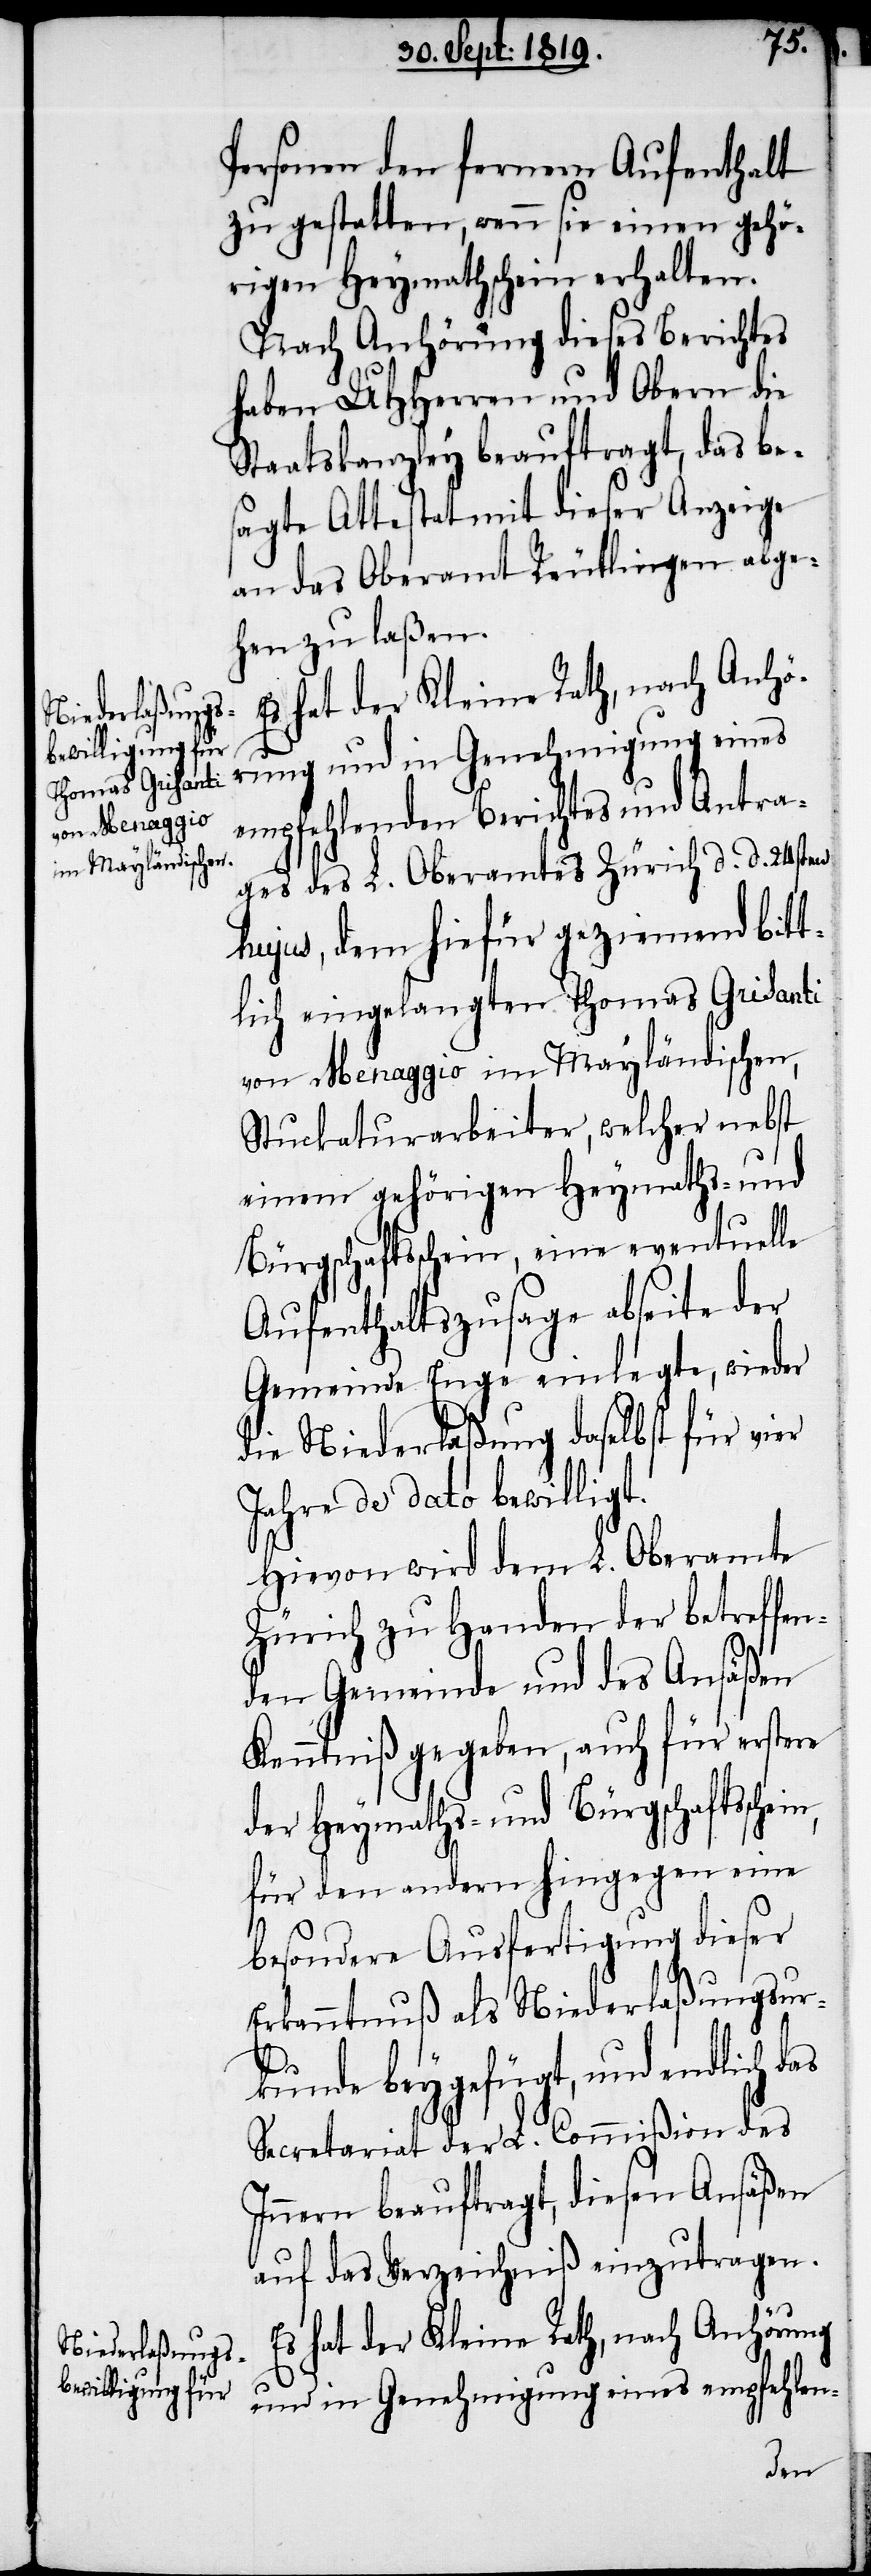
von Menaggio
im Mayländischen,

Personen den fernern Aufenthalt
zu gestatten, wenn sie einen gehö¬
rigen Heymathschein erhalten.
Nach Anhörung dieses Berichtes
haben UHHerren und Obern die
Staatskanzley beauftragt, das bes¬
agte Attestat mit dieser Anzeige
an das Oberamt Reutlingen abge¬
hen zu laßen.
Es hat der Kleine Rath, nach Anhö¬
rung und in Genehmigung eines
empfehlenden Berichtes und Antra¬
ges des L. Oberamtes Zürich d. d. 24sten
hujus, dem hiefür geziemden bitt¬
lich eingelangten Thomas Grisanti
Stuckaturarbeiter, welcher nebst
einem gehörigen Heymaths- und
Bürgschaftsschein, eine eventuelle
Aufenthaltszusage abseite der
Gemeinde Enge einlegte, wieder
die Niederlaßung daselbst für vier
Jahre de dato bewilligt.
Hievon wird dem L. Oberamte
Zürich zu Handen der betreffe¬
nden Gemeinde und des Ansäßen
Kenntniß gegeben, auch für erstere
der Heymaths- und Bürgschaftssche¬
für den andern hingegen eine
besondere Ausfertigung dieser
Erkanntnuß als Niederlaßungsur¬
kunde beygefügt, und endlich das
Secretariat der L. Commißion des
Innern beauftragt, diesen Ansäßen
auf das Verzeichniß einzutragen.
Es hat der Kleine Rath, nach Anhörung
und in Genehmigung eines empfehlen-
in,